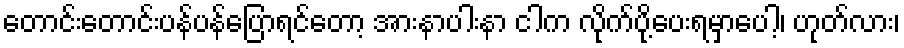
တောင်းတောင်းပန်ပန်ပြောရင်တော့ အားနာပါးနာ ငါက လိုက်ပို့ပေးရမှာပေါ့၊ ဟုတ်လား၊